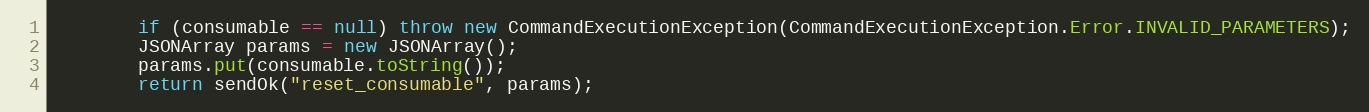
Language: Java
        if (consumable == null) throw new CommandExecutionException(CommandExecutionException.Error.INVALID_PARAMETERS);
        JSONArray params = new JSONArray();
        params.put(consumable.toString());
        return sendOk("reset_consumable", params);